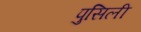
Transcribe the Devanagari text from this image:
पुसिली